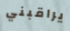
يراقبني